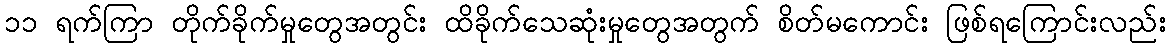
၁၁ ရက်ကြာ တိုက်ခိုက်မှုတွေအတွင်း ထိခိုက်သေဆုံးမှုတွေအတွက် စိတ်မကောင်း ဖြစ်ရကြောင်းလည်း